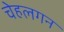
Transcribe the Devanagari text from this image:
चेहलगन